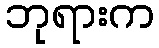
ဘုရားက